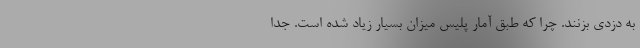
به دزدی بزنند. چرا که طبق آمار پلیس میزان بسیار زیاد شده است. جدا